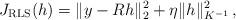
LaTeX: \begin{align*} J_{\mathrm{RLS}}(h) = \|y - Rh\|_2^2 + \eta\|h\|_{K^{-1}}^2 \,,\end{align*}